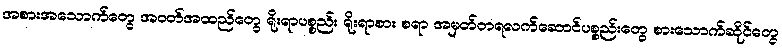
အစားအသောက်တွေ အဝတ်အထည်တွေ ရိုးရာပစ္စည်း ရိုးရာစား စရာ အမှတ်တရလက်ဆောင်ပစ္စည်းတွေ စားသောက်ဆိုင်တွေ